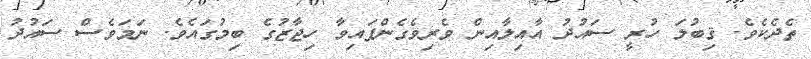
ތެދެކެވެ. ޤިބުލަ ހުރީ ސައުދު އާއިލާއިން ވެރިވެގެންފައިވާ ހިޖާޒުގެ ބިމުގައެވެ. ނަމަވެސް ސައުދު